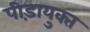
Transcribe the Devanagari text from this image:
पीड़ायुक्‍त